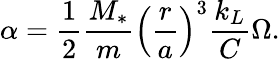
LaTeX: \alpha=\frac{1}{2}\frac{M_{*}}{m}\left(\frac{r}{a}\right)^{3}\frac{k_{L}}{C}\Omega.